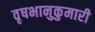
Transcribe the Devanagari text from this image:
वृषभानुकुमारी